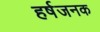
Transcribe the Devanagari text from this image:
हर्षजनक